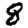
Digit: 8